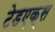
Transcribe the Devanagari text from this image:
टेडएक्स